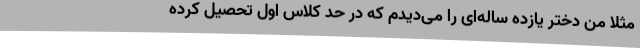
مثلا من دختر یازده ساله‌ای را می‌دیدم که در حد کلاس اول تحصیل کرده